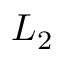
L _ { 2 }